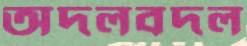
অদলবদল